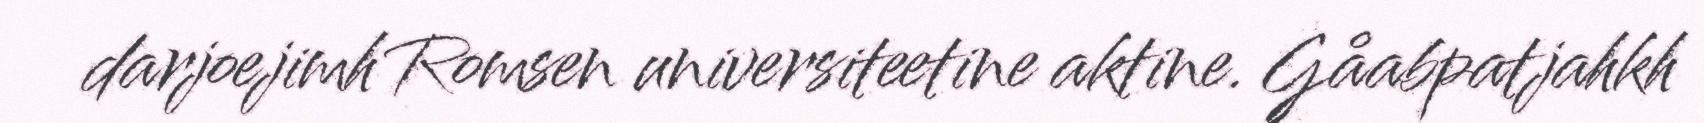
darjoejimh Romsen universiteetine aktine. Gåabpatjahkh